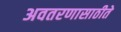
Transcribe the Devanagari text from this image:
अवतरणासाठीते